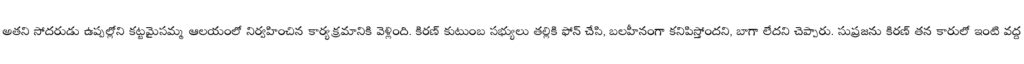
అతని సోదరుడు ఉప్పల్లోని కట్టమైసమ్మ ఆలయంలో నిర్వహించిన కార్యక్రమానికి వెళ్లింది. కిరణ్ కుటుంబ సభ్యులు తల్లికి ఫోన్ చేసి, బలహీనంగా కనిపిస్తోందని, బాగా లేదని చెప్పారు. సుప్రజను కిరణ్ తన కారులో ఇంటి వద్ద